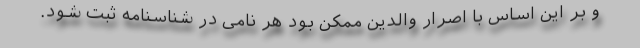
و بر این اساس با اصرار والدین ممکن بود هر نامی در شناسنامه ثبت شود.